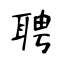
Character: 聘